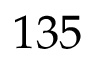
1 3 5